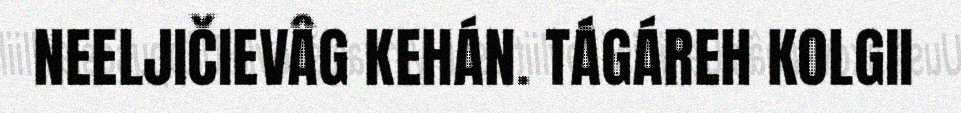
NEELJIČIEVÂG KEHÁN. TÁGÁREH KOLGII